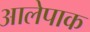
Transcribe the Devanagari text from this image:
आलेपाक